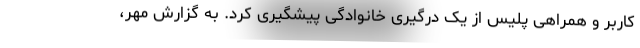
کاربر و همراهی پلیس از یک درگیری خانوادگی پیشگیری کرد. به گزارش مهر،